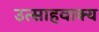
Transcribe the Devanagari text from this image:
उत्साहवाक्य